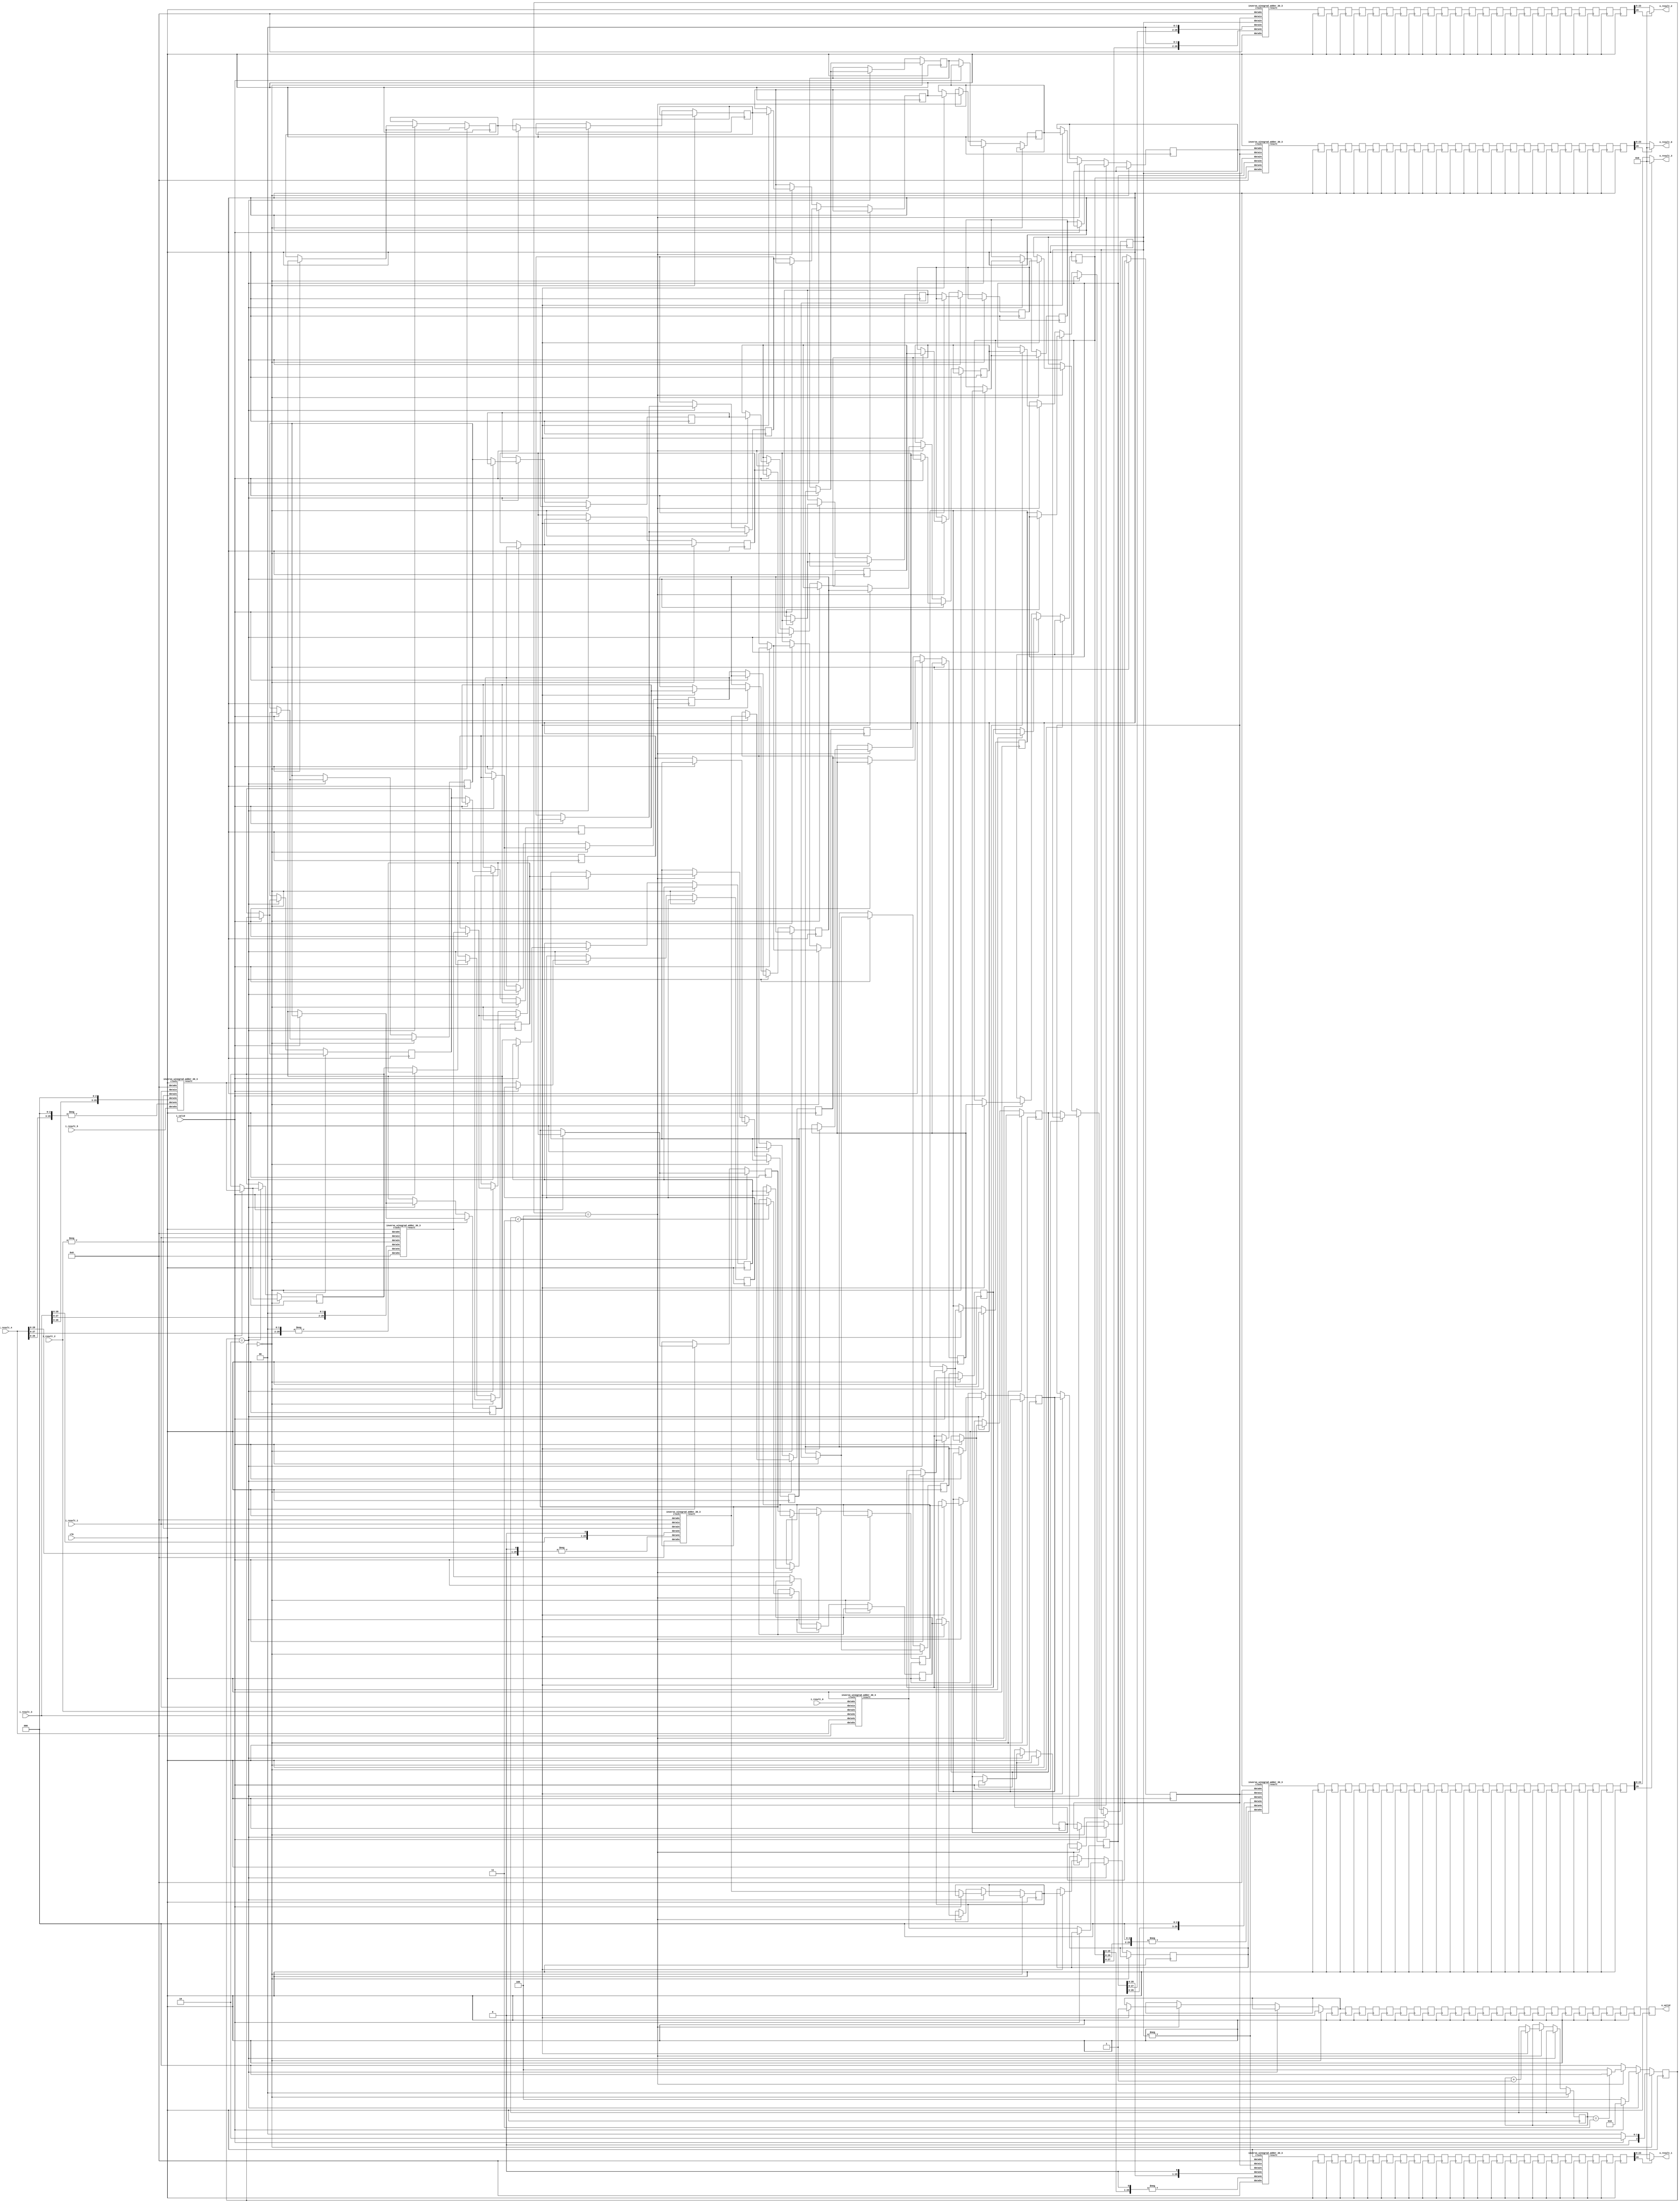
`define SIMULATION_MEMORY

module inverse_winograd_5 (
	input clk,
	input i_valid,
	input [29:0] i_result_0,
	input [29:0] i_result_1,
	input [29:0] i_result_2,
	input [29:0] i_result_3,
	input [29:0] i_result_4,
	input [29:0] i_result_5,
	output [15:0] o_result_0,
	output [15:0] o_result_1,
	output [15:0] o_result_2,
	output [15:0] o_result_3,
	output o_valid
);

reg [2:0] state, next_state;
wire [29:0] adders_res_0_0;
reg [29:0] serialize_reg_0_0;
reg [29:0] adders_res_0_1;
reg [29:0] serialize_reg_0_1;
reg [29:0] adders_res_0_2;
reg [29:0] serialize_reg_0_2;
reg [29:0] adders_res_0_3;
reg [29:0] serialize_reg_0_3;
reg [29:0] adders_res_0_4;
reg [29:0] serialize_reg_0_4;
reg [29:0] adders_res_0_5;
reg [29:0] serialize_reg_0_5;
wire [29:0] adders_res_1_0;
reg [29:0] serialize_reg_1_0;
reg [29:0] adders_res_1_1;
reg [29:0] serialize_reg_1_1;
reg [29:0] adders_res_1_2;
reg [29:0] serialize_reg_1_2;
reg [29:0] adders_res_1_3;
reg [29:0] serialize_reg_1_3;
reg [29:0] adders_res_1_4;
reg [29:0] serialize_reg_1_4;
reg [29:0] adders_res_1_5;
reg [29:0] serialize_reg_1_5;
wire [29:0] adders_res_2_0;
reg [29:0] serialize_reg_2_0;
reg [29:0] adders_res_2_1;
reg [29:0] serialize_reg_2_1;
reg [29:0] adders_res_2_2;
reg [29:0] serialize_reg_2_2;
reg [29:0] adders_res_2_3;
reg [29:0] serialize_reg_2_3;
reg [29:0] adders_res_2_4;
reg [29:0] serialize_reg_2_4;
reg [29:0] adders_res_2_5;
reg [29:0] serialize_reg_2_5;
wire [29:0] adders_res_3_0;
reg [29:0] serialize_reg_3_0;
reg [29:0] adders_res_3_1;
reg [29:0] serialize_reg_3_1;
reg [29:0] adders_res_3_2;
reg [29:0] serialize_reg_3_2;
reg [29:0] adders_res_3_3;
reg [29:0] serialize_reg_3_3;
reg [29:0] adders_res_3_4;
reg [29:0] serialize_reg_3_4;
reg [29:0] adders_res_3_5;
reg [29:0] serialize_reg_3_5;

wire [29:0] result_reg_0_0;
wire [29:0] result_reg_0_1;
wire [29:0] result_reg_0_2;
wire [29:0] result_reg_0_3;
reg [29:0] result_reg_1_0;
reg [29:0] result_reg_1_1;
reg [29:0] result_reg_1_2;
reg [29:0] result_reg_1_3;
reg [29:0] result_reg_2_0;
reg [29:0] result_reg_2_1;
reg [29:0] result_reg_2_2;
reg [29:0] result_reg_2_3;
reg [29:0] result_reg_3_0;
reg [29:0] result_reg_3_1;
reg [29:0] result_reg_3_2;
reg [29:0] result_reg_3_3;
reg [29:0] result_reg_4_0;
reg [29:0] result_reg_4_1;
reg [29:0] result_reg_4_2;
reg [29:0] result_reg_4_3;
reg [29:0] result_reg_5_0;
reg [29:0] result_reg_5_1;
reg [29:0] result_reg_5_2;
reg [29:0] result_reg_5_3;
reg [29:0] result_reg_6_0;
reg [29:0] result_reg_6_1;
reg [29:0] result_reg_6_2;
reg [29:0] result_reg_6_3;
reg [29:0] result_reg_7_0;
reg [29:0] result_reg_7_1;
reg [29:0] result_reg_7_2;
reg [29:0] result_reg_7_3;
reg [29:0] result_reg_8_0;
reg [29:0] result_reg_8_1;
reg [29:0] result_reg_8_2;
reg [29:0] result_reg_8_3;
reg [29:0] result_reg_9_0;
reg [29:0] result_reg_9_1;
reg [29:0] result_reg_9_2;
reg [29:0] result_reg_9_3;
reg [29:0] result_reg_10_0;
reg [29:0] result_reg_10_1;
reg [29:0] result_reg_10_2;
reg [29:0] result_reg_10_3;
reg [29:0] result_reg_11_0;
reg [29:0] result_reg_11_1;
reg [29:0] result_reg_11_2;
reg [29:0] result_reg_11_3;
reg [29:0] result_reg_12_0;
reg [29:0] result_reg_12_1;
reg [29:0] result_reg_12_2;
reg [29:0] result_reg_12_3;
reg [29:0] result_reg_13_0;
reg [29:0] result_reg_13_1;
reg [29:0] result_reg_13_2;
reg [29:0] result_reg_13_3;
reg [29:0] result_reg_14_0;
reg [29:0] result_reg_14_1;
reg [29:0] result_reg_14_2;
reg [29:0] result_reg_14_3;
reg [29:0] result_reg_15_0;
reg [29:0] result_reg_15_1;
reg [29:0] result_reg_15_2;
reg [29:0] result_reg_15_3;
reg [29:0] result_reg_16_0;
reg [29:0] result_reg_16_1;
reg [29:0] result_reg_16_2;
reg [29:0] result_reg_16_3;
reg [29:0] result_reg_17_0;
reg [29:0] result_reg_17_1;
reg [29:0] result_reg_17_2;
reg [29:0] result_reg_17_3;
reg [29:0] result_reg_18_0;
reg [29:0] result_reg_18_1;
reg [29:0] result_reg_18_2;
reg [29:0] result_reg_18_3;
reg [29:0] result_reg_19_0;
reg [29:0] result_reg_19_1;
reg [29:0] result_reg_19_2;
reg [29:0] result_reg_19_3;
reg [29:0] result_reg_20_0;
reg [29:0] result_reg_20_1;
reg [29:0] result_reg_20_2;
reg [29:0] result_reg_20_3;
reg [29:0] result_reg_21_0;
reg [29:0] result_reg_21_1;
reg [29:0] result_reg_21_2;
reg [29:0] result_reg_21_3;
reg [29:0] result_reg_22_0;
reg [29:0] result_reg_22_1;
reg [29:0] result_reg_22_2;
reg [29:0] result_reg_22_3;
reg [29:0] result_reg_23_0;
reg [29:0] result_reg_23_1;
reg [29:0] result_reg_23_2;
reg [29:0] result_reg_23_3;

reg out_valid_0;
reg out_valid_1;
reg out_valid_2;
reg out_valid_3;
reg out_valid_4;
reg out_valid_5;
reg out_valid_6;
reg out_valid_7;
reg out_valid_8;
reg out_valid_9;
reg out_valid_10;
reg out_valid_11;
reg out_valid_12;
reg out_valid_13;
reg out_valid_14;
reg out_valid_15;
reg out_valid_16;
reg out_valid_17;
reg out_valid_18;
reg out_valid_19;
reg out_valid_20;
reg out_valid_21;
reg out_valid_22;
reg out_valid_23;
reg [1:0] serialize_count;

always @ (posedge clk) begin
	out_valid_1 <= out_valid_0;
	result_reg_1_0 <= result_reg_0_0;
	result_reg_1_1 <= result_reg_0_1;
	result_reg_1_2 <= result_reg_0_2;
	result_reg_1_3 <= result_reg_0_3;
	out_valid_2 <= out_valid_1;
	result_reg_2_0 <= result_reg_1_0;
	result_reg_2_1 <= result_reg_1_1;
	result_reg_2_2 <= result_reg_1_2;
	result_reg_2_3 <= result_reg_1_3;
	out_valid_3 <= out_valid_2;
	result_reg_3_0 <= result_reg_2_0;
	result_reg_3_1 <= result_reg_2_1;
	result_reg_3_2 <= result_reg_2_2;
	result_reg_3_3 <= result_reg_2_3;
	out_valid_4 <= out_valid_3;
	result_reg_4_0 <= result_reg_3_0;
	result_reg_4_1 <= result_reg_3_1;
	result_reg_4_2 <= result_reg_3_2;
	result_reg_4_3 <= result_reg_3_3;
	out_valid_5 <= out_valid_4;
	result_reg_5_0 <= result_reg_4_0;
	result_reg_5_1 <= result_reg_4_1;
	result_reg_5_2 <= result_reg_4_2;
	result_reg_5_3 <= result_reg_4_3;
	out_valid_6 <= out_valid_5;
	result_reg_6_0 <= result_reg_5_0;
	result_reg_6_1 <= result_reg_5_1;
	result_reg_6_2 <= result_reg_5_2;
	result_reg_6_3 <= result_reg_5_3;
	out_valid_7 <= out_valid_6;
	result_reg_7_0 <= result_reg_6_0;
	result_reg_7_1 <= result_reg_6_1;
	result_reg_7_2 <= result_reg_6_2;
	result_reg_7_3 <= result_reg_6_3;
	out_valid_8 <= out_valid_7;
	result_reg_8_0 <= result_reg_7_0;
	result_reg_8_1 <= result_reg_7_1;
	result_reg_8_2 <= result_reg_7_2;
	result_reg_8_3 <= result_reg_7_3;
	out_valid_9 <= out_valid_8;
	result_reg_9_0 <= result_reg_8_0;
	result_reg_9_1 <= result_reg_8_1;
	result_reg_9_2 <= result_reg_8_2;
	result_reg_9_3 <= result_reg_8_3;
	out_valid_10 <= out_valid_9;
	result_reg_10_0 <= result_reg_9_0;
	result_reg_10_1 <= result_reg_9_1;
	result_reg_10_2 <= result_reg_9_2;
	result_reg_10_3 <= result_reg_9_3;
	out_valid_11 <= out_valid_10;
	result_reg_11_0 <= result_reg_10_0;
	result_reg_11_1 <= result_reg_10_1;
	result_reg_11_2 <= result_reg_10_2;
	result_reg_11_3 <= result_reg_10_3;
	out_valid_12 <= out_valid_11;
	result_reg_12_0 <= result_reg_11_0;
	result_reg_12_1 <= result_reg_11_1;
	result_reg_12_2 <= result_reg_11_2;
	result_reg_12_3 <= result_reg_11_3;
	out_valid_13 <= out_valid_12;
	result_reg_13_0 <= result_reg_12_0;
	result_reg_13_1 <= result_reg_12_1;
	result_reg_13_2 <= result_reg_12_2;
	result_reg_13_3 <= result_reg_12_3;
	out_valid_14 <= out_valid_13;
	result_reg_14_0 <= result_reg_13_0;
	result_reg_14_1 <= result_reg_13_1;
	result_reg_14_2 <= result_reg_13_2;
	result_reg_14_3 <= result_reg_13_3;
	out_valid_15 <= out_valid_14;
	result_reg_15_0 <= result_reg_14_0;
	result_reg_15_1 <= result_reg_14_1;
	result_reg_15_2 <= result_reg_14_2;
	result_reg_15_3 <= result_reg_14_3;
	out_valid_16 <= out_valid_15;
	result_reg_16_0 <= result_reg_15_0;
	result_reg_16_1 <= result_reg_15_1;
	result_reg_16_2 <= result_reg_15_2;
	result_reg_16_3 <= result_reg_15_3;
	out_valid_17 <= out_valid_16;
	result_reg_17_0 <= result_reg_16_0;
	result_reg_17_1 <= result_reg_16_1;
	result_reg_17_2 <= result_reg_16_2;
	result_reg_17_3 <= result_reg_16_3;
	out_valid_18 <= out_valid_17;
	result_reg_18_0 <= result_reg_17_0;
	result_reg_18_1 <= result_reg_17_1;
	result_reg_18_2 <= result_reg_17_2;
	result_reg_18_3 <= result_reg_17_3;
	out_valid_19 <= out_valid_18;
	result_reg_19_0 <= result_reg_18_0;
	result_reg_19_1 <= result_reg_18_1;
	result_reg_19_2 <= result_reg_18_2;
	result_reg_19_3 <= result_reg_18_3;
	out_valid_20 <= out_valid_19;
	result_reg_20_0 <= result_reg_19_0;
	result_reg_20_1 <= result_reg_19_1;
	result_reg_20_2 <= result_reg_19_2;
	result_reg_20_3 <= result_reg_19_3;
	out_valid_21 <= out_valid_20;
	result_reg_21_0 <= result_reg_20_0;
	result_reg_21_1 <= result_reg_20_1;
	result_reg_21_2 <= result_reg_20_2;
	result_reg_21_3 <= result_reg_20_3;
	out_valid_22 <= out_valid_21;
	result_reg_22_0 <= result_reg_21_0;
	result_reg_22_1 <= result_reg_21_1;
	result_reg_22_2 <= result_reg_21_2;
	result_reg_22_3 <= result_reg_21_3;
	out_valid_23 <= out_valid_22;
	result_reg_23_0 <= result_reg_22_0;
	result_reg_23_1 <= result_reg_22_1;
	result_reg_23_2 <= result_reg_22_2;
	result_reg_23_3 <= result_reg_22_3;
end

// FSM Combinational Logic
always @ (state or i_valid or serialize_count) begin
	if(state == 3'b000) begin
		if(i_valid == 1'b1)begin
			next_state = 3'b010;
		end else begin
			next_state = 3'b000;
		end
	end else if (state == 3'b010) begin
		if(i_valid == 1'b0) begin
			next_state = 3'b100;
		end else begin
			next_state = 3'b010;
		end
	end else if (state == 3'b100) begin
		if(serialize_count == 3)begin
			next_state = 3'b000;
		end else begin
			next_state = 3'b100;
		end
	end else begin
		next_state = 3'b000;
	end
end

// FSM Sequential Logic
always @ (posedge clk) begin
	if (state == 3'b000) begin
		serialize_count <= 0;
		out_valid_0 <= 0;
		if (i_valid == 1'b1) begin
			adders_res_0_1 <= adders_res_0_0;
			adders_res_1_1 <= adders_res_1_0;
			adders_res_2_1 <= adders_res_2_0;
			adders_res_3_1 <= adders_res_3_0;
			adders_res_0_2 <= adders_res_0_1;
			adders_res_1_2 <= adders_res_1_1;
			adders_res_2_2 <= adders_res_2_1;
			adders_res_3_2 <= adders_res_3_1;
			adders_res_0_3 <= adders_res_0_2;
			adders_res_1_3 <= adders_res_1_2;
			adders_res_2_3 <= adders_res_2_2;
			adders_res_3_3 <= adders_res_3_2;
			adders_res_0_4 <= adders_res_0_3;
			adders_res_1_4 <= adders_res_1_3;
			adders_res_2_4 <= adders_res_2_3;
			adders_res_3_4 <= adders_res_3_3;
			adders_res_0_5 <= adders_res_0_4;
			adders_res_1_5 <= adders_res_1_4;
			adders_res_2_5 <= adders_res_2_4;
			adders_res_3_5 <= adders_res_3_4;
		end
	end else if (state == 3'b010) begin
		if(i_valid == 1'b1) begin
			adders_res_0_1 <= adders_res_0_0;
			adders_res_1_1 <= adders_res_1_0;
			adders_res_2_1 <= adders_res_2_0;
			adders_res_3_1 <= adders_res_3_0;
			adders_res_0_2 <= adders_res_0_1;
			adders_res_1_2 <= adders_res_1_1;
			adders_res_2_2 <= adders_res_2_1;
			adders_res_3_2 <= adders_res_3_1;
			adders_res_0_3 <= adders_res_0_2;
			adders_res_1_3 <= adders_res_1_2;
			adders_res_2_3 <= adders_res_2_2;
			adders_res_3_3 <= adders_res_3_2;
			adders_res_0_4 <= adders_res_0_3;
			adders_res_1_4 <= adders_res_1_3;
			adders_res_2_4 <= adders_res_2_3;
			adders_res_3_4 <= adders_res_3_3;
			adders_res_0_5 <= adders_res_0_4;
			adders_res_1_5 <= adders_res_1_4;
			adders_res_2_5 <= adders_res_2_4;
			adders_res_3_5 <= adders_res_3_4;
		end else begin
			serialize_reg_0_0 <= adders_res_0_0;
			serialize_reg_1_0 <= adders_res_1_0;
			serialize_reg_2_0 <= adders_res_2_0;
			serialize_reg_3_0 <= adders_res_3_0;
			serialize_reg_0_1 <= adders_res_0_1;
			serialize_reg_1_1 <= adders_res_1_1;
			serialize_reg_2_1 <= adders_res_2_1;
			serialize_reg_3_1 <= adders_res_3_1;
			serialize_reg_0_2 <= adders_res_0_2;
			serialize_reg_1_2 <= adders_res_1_2;
			serialize_reg_2_2 <= adders_res_2_2;
			serialize_reg_3_2 <= adders_res_3_2;
			serialize_reg_0_3 <= adders_res_0_3;
			serialize_reg_1_3 <= adders_res_1_3;
			serialize_reg_2_3 <= adders_res_2_3;
			serialize_reg_3_3 <= adders_res_3_3;
			serialize_reg_0_4 <= adders_res_0_4;
			serialize_reg_1_4 <= adders_res_1_4;
			serialize_reg_2_4 <= adders_res_2_4;
			serialize_reg_3_4 <= adders_res_3_4;
			serialize_reg_0_5 <= adders_res_0_5;
			serialize_reg_1_5 <= adders_res_1_5;
			serialize_reg_2_5 <= adders_res_2_5;
			serialize_reg_3_5 <= adders_res_3_5;
		end
	end else if (state == 3'b100) begin
		if (serialize_count < 3) begin
			serialize_reg_0_0 <= serialize_reg_1_0;
			serialize_reg_0_1 <= serialize_reg_1_1;
			serialize_reg_0_2 <= serialize_reg_1_2;
			serialize_reg_0_3 <= serialize_reg_1_3;
			serialize_reg_0_4 <= serialize_reg_1_4;
			serialize_reg_0_5 <= serialize_reg_1_5;
			serialize_reg_1_0 <= serialize_reg_2_0;
			serialize_reg_1_1 <= serialize_reg_2_1;
			serialize_reg_1_2 <= serialize_reg_2_2;
			serialize_reg_1_3 <= serialize_reg_2_3;
			serialize_reg_1_4 <= serialize_reg_2_4;
			serialize_reg_1_5 <= serialize_reg_2_5;
			serialize_reg_2_0 <= serialize_reg_3_0;
			serialize_reg_2_1 <= serialize_reg_3_1;
			serialize_reg_2_2 <= serialize_reg_3_2;
			serialize_reg_2_3 <= serialize_reg_3_3;
			serialize_reg_2_4 <= serialize_reg_3_4;
			serialize_reg_2_5 <= serialize_reg_3_5;
			serialize_count <= serialize_count + 1'b1;
			out_valid_0 <= 1;
		end
	end
	state <=  next_state;
end

// AT Adders
inverse_winograd_adder_30_3 inverse_winograd_adder_30_3_inst_IWA0 (
	.data0x(i_result_0),
	.data1x(i_result_1),
	.data2x(i_result_2),
	.data3x(i_result_3),
	.data4x(i_result_4),
	.data5x({ (30) {1'b0} }),
	.clock(clk),
	.result(adders_res_0_0)
);
wire [29:0] f1, f2;
assign f1 = -i_result_2;
assign f2 = -{i_result_4[28:0], 1'b0};
inverse_winograd_adder_30_3 inverse_winograd_adder_30_3_inst_IWA1 (
	.data0x({ (30){1'b0} }),
	.data1x(i_result_1),
	.data2x(f1),
	.data3x({i_result_3[28:0], 1'b0}),
	.data4x(f2),
	.data5x({ (30){1'b0} }),
	.clock(clk),
	.result(adders_res_1_0)
);
wire [29:0] f3, f4;
assign f3 = -i_result_2;
assign f4 = -{i_result_4[27:0], 2'b00};
inverse_winograd_adder_30_3 inverse_winograd_adder_30_3_inst_IWA2 (
	.data0x({ (30){1'b0} }),
	.data1x(i_result_1),
	.data2x(f3),
	.data3x({i_result_3[27:0], 2'b00}),
	.data4x(f4),
	.data5x({ (30){1'b0} }),
	.clock(clk),
	.result(adders_res_2_0)
);
wire [29:0] f5, f6;
assign f5 = -i_result_2;
assign f6 = -{i_result_4[26:0], 3'b000};
inverse_winograd_adder_30_3 inverse_winograd_adder_30_3_inst_IWA3 (
	.data0x({ (30){1'b0} }),
	.data1x(i_result_1),
	.data2x(f5),
	.data3x({i_result_3[26:0], 3'b000}),
	.data4x(f6),
	.data5x(i_result_5),
	.clock(clk),
	.result(adders_res_3_0)
);

// A Adders
inverse_winograd_adder_30_3 inverse_winograd_adder_30_3_inst_IWAT0 (
	.data0x(serialize_reg_0_5),
	.data1x(serialize_reg_0_4),
	.data2x(serialize_reg_0_3),
	.data3x(serialize_reg_0_2),
	.data4x(serialize_reg_0_1),
	.data5x({ (30) {1'b0} }),
	.clock(clk),
	.result(result_reg_0_0)
);
wire [29:0] f7, f8;
assign f7 = -serialize_reg_0_3;
assign f8 = -{serialize_reg_0_1[28:0], 1'b0};
inverse_winograd_adder_30_3 inverse_winograd_adder_30_3_inst_IWAT1 (
	.data0x({ (30){1'b0} }),
	.data1x(serialize_reg_0_4),
	.data2x(f7),
	.data3x({serialize_reg_0_2[28:0], 1'b0}),
	.data4x(f8),
	.data5x({ (30){1'b0} }),
	.clock(clk),
	.result(result_reg_0_1)
);
inverse_winograd_adder_30_3 inverse_winograd_adder_30_3_inst_IWAT2 (
	.data0x({ (30){1'b0} }),
	.data1x(serialize_reg_0_4),
	.data2x(serialize_reg_0_3),
	.data3x({serialize_reg_0_2[27:0], 2'b00}),
	.data4x({serialize_reg_0_1[27:0], 2'b00}),
	.data5x({ (30){1'b0} }),
	.clock(clk),
	.result(result_reg_0_2)
);
wire [29:0] f9, f10;
assign f9 = -serialize_reg_0_3;
assign f10 = -{serialize_reg_0_1[26:0], 3'b000};
inverse_winograd_adder_30_3 inverse_winograd_adder_30_3_inst_IWAT3 (
	.data0x({ (30){1'b0} }),
	.data1x(serialize_reg_0_4),
	.data2x(f9),
	.data3x({serialize_reg_0_2[26:0], 3'b000}),
	.data4x(f10),
	.data5x(serialize_reg_0_0),
	.clock(clk),
	.result(result_reg_0_3)
);

reg [15:0] result_wire_0;
reg [15:0] result_wire_1;
reg [15:0] result_wire_2;
reg [15:0] result_wire_3;

always @ (*) begin
	if(result_reg_23_0[29] == 1'b0) begin
		result_wire_0 <= result_reg_23_0[23:8];
	end else begin
		result_wire_0 <= { (16){1'b0} };
	end
	if(result_reg_23_1[29] == 1'b0) begin
		result_wire_1 <= result_reg_23_1[23:8];
	end else begin
		result_wire_1 <= { (16){1'b0} };
	end
	if(result_reg_23_2[29] == 1'b0) begin
		result_wire_2 <= result_reg_23_2[23:8];
	end else begin
		result_wire_2 <= { (16){1'b0} };
	end
	if(result_reg_23_3[29] == 1'b0) begin
		result_wire_3 <= result_reg_23_3[23:8];
	end else begin
		result_wire_3 <= { (16){1'b0} };
	end
end

assign o_valid = out_valid_23;
assign o_result_0 = result_wire_0;
assign o_result_1 = result_wire_1;
assign o_result_2 = result_wire_2;
assign o_result_3 = result_wire_3;

endmodule

module inverse_winograd_adder_30_3 (
	input clock,
	input [29:0] data0x,
	input [29:0] data1x,
	input [29:0] data2x,
	input [29:0] data3x,
	input [29:0] data4x,
	input [29:0] data5x,
	output [29:0] result
);

reg [32:0] pipeline_0_0;
reg [32:0] pipeline_0_1;
reg [32:0] pipeline_0_2;
reg [32:0] pipeline_1_0;
reg [32:0] pipeline_1_1;
reg [32:0] pipeline_2_0;

always @ (posedge clock) begin
	pipeline_0_0 <= data0x + data1x;
	pipeline_0_1 <= data2x + data3x;
	pipeline_0_2 <= data4x + data5x;
	pipeline_1_0 <= pipeline_0_0 + pipeline_0_1;
	pipeline_1_1 <= pipeline_0_2;
	pipeline_2_0 <= pipeline_1_0 + pipeline_1_1;
end

assign result = pipeline_2_0;

endmodule